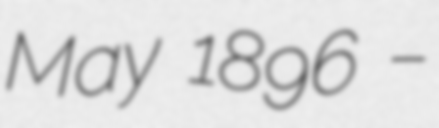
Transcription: May 1896 –